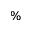
\%